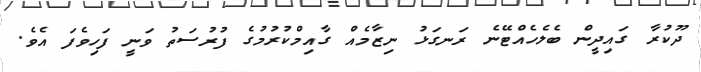
ދޫކުރާ ގައިދީން ބެލެހެއްޓޭނެ ރަނގަޅު ނިޒާމެއް ގާއިމްކުރުމުގެ ފުރުސަތު ވަނީ ފަހިވެފަ އެވެ.